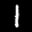
Label: 1